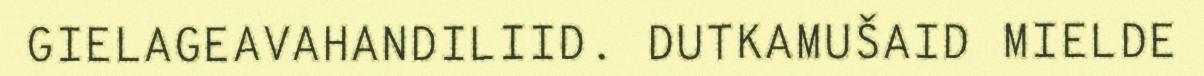
GIELAGEAVAHANDILIID. DUTKAMUŠAID MIELDE